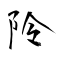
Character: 阾